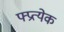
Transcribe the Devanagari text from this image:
फ्प्रत्येक